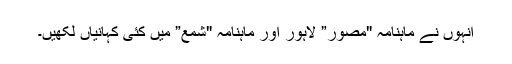
انہوں نے ماہنامہ "مصور” لاہور اور ماہنامہ "شمع” میں کئی کہانیاں لکھیں۔